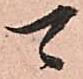
可